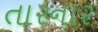
તારનાર